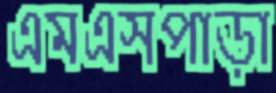
এমএসপাড়া